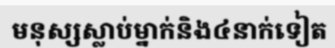
មនុស្សស្លាប់ម្នាក់និង៤នាក់ទៀត